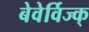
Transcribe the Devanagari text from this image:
बेवेर्विज्क्